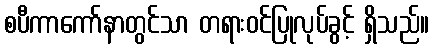
စပီကာကော်နာတွင်သာ တရားဝင်ပြုလုပ်ခွင့် ရှိသည်။